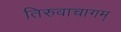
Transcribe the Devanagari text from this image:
तिरुवाचागम्‌